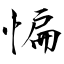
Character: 惼